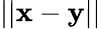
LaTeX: ||\mathbf x-\mathbf y||